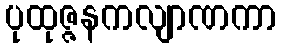
ပုထုဇ္ဇနကလျာဏကာ